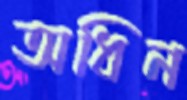
অধিন